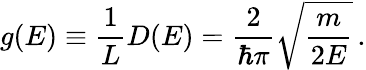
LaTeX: g(E)\equiv{\frac{1}{L}}D(E)={\frac{2}{\hbar\pi}}{\sqrt{\frac{m}{2E}}}\, .